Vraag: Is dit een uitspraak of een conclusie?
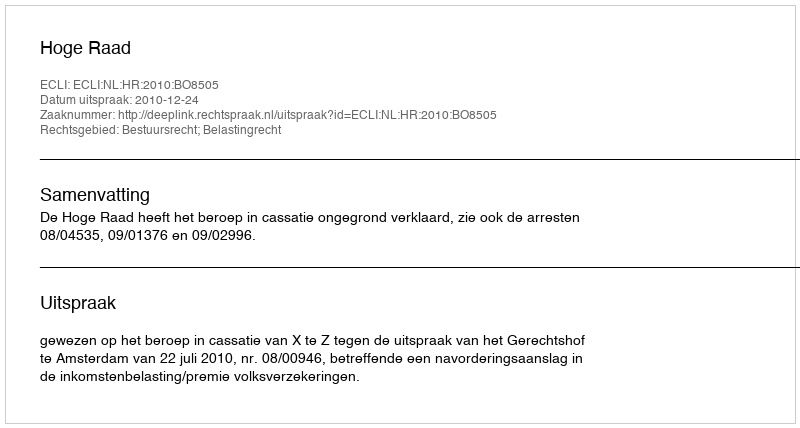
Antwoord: Uitspraak